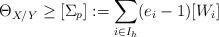
LaTeX: \begin{align*}\Theta_{X/Y}\geq [\Sigma_p]:= \sum_{i\in I_h}(e_i-1)[W_i]\end{align*}